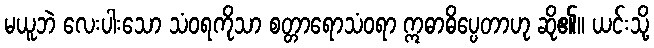
မယူဘဲ လေးပါးသော သံဝရကိုသာ စတ္တာရောသံဝရာ ဣဓာဓိပ္ပေတာဟု ဆို၏။ ယင်းသို့